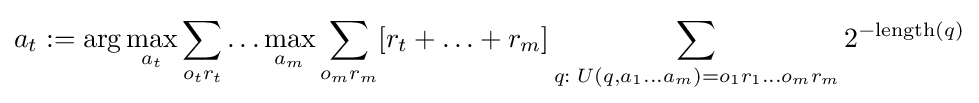
a_{t}:=\arg \max _{a_{t}}\sum _{o_{t}r_{t}}\ldots \max _{a_{m}}\sum _{o_{m}r_{m}}[r_{t}+\ldots +r_{m}]\sum _{q:\;U(q,a_{1}\ldots a_{m})=o_{1}r_{1}\ldots o_{m}r_{m}}2^{-{\textrm {length}}(q)}